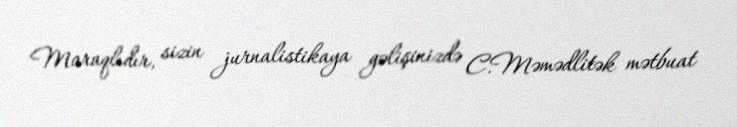
Maraqlıdır, sizin jurnalistikaya gəlişinizdə C.Məmədlitək mətbuat